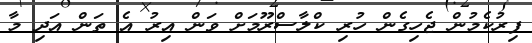
ފިރުކެމުން ޖެހިގެން ހުރި ކްލާސްރޫމަށް ވަން އިރު އެ ތަން އަދި މާ